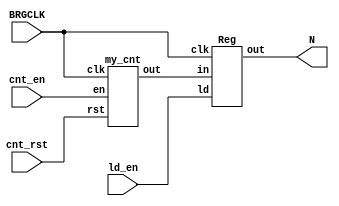
// This program was cloned from: https://github.com/sep-81/Digital-Logic-Design-Lab-Experiments
// License: MIT License

module DataPath (BRGCLK, cnt_en, cnt_rst, ld_en,N);
	input BRGCLK, cnt_en, cnt_rst, ld_en;
 	output [7 : 0]N;
	wire [7 : 0] cnt_output;

	my_cnt counter(BRGCLK, cnt_en, cnt_rst, cnt_output);
	Reg my_reg(BRGCLK, ld_en, cnt_output, N);
endmodule

module my_cnt(clk, en, rst,out);
	input clk, en, rst;
	output reg [7 : 0]out;
	always @(posedge clk, posedge rst)
	begin
		if (rst)
			out <= 0;
		else if (en)
			out <= out + 1;
	end
endmodule

module Reg(clk, ld,in,out);

	input clk, ld;
	input [7 : 0]in;
	output reg [7 : 0] out;	
	always @(posedge clk)
	begin
		if (ld)
			out <= in;
	end
endmodule